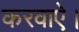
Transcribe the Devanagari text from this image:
करवाऐ।